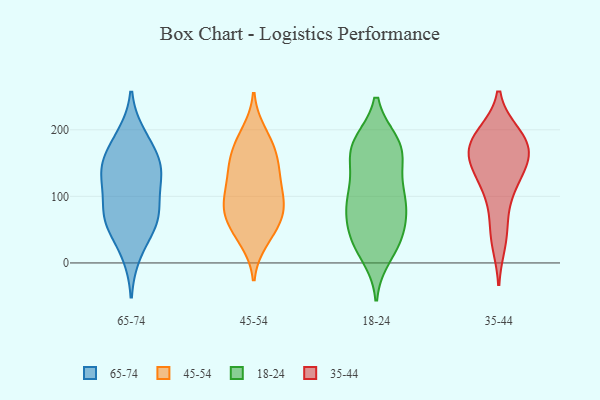
{"axis": {"x": "Production Output", "y": "Value"}, "legend": ["18-24", "35-44", "45-54", "65-74"], "data": [{"x": "", "y": 58, "type": "65-74"}, {"x": "", "y": 180, "type": "65-74"}, {"x": "", "y": 127, "type": "65-74"}, {"x": "", "y": 142, "type": "65-74"}, {"x": "", "y": 63, "type": "65-74"}, {"x": "", "y": 134, "type": "65-74"}, {"x": "", "y": 65, "type": "65-74"}, {"x": "", "y": 88, "type": "65-74"}, {"x": "", "y": 135, "type": "65-74"}, {"x": "", "y": 74, "type": "65-74"}, {"x": "", "y": 15, "type": "65-74"}, {"x": "", "y": 190, "type": "65-74"}, {"x": "", "y": 154, "type": "65-74"}, {"x": "", "y": 34, "type": "45-54"}, {"x": "", "y": 124, "type": "45-54"}, {"x": "", "y": 153, "type": "45-54"}, {"x": "", "y": 195, "type": "45-54"}, {"x": "", "y": 81, "type": "45-54"}, {"x": "", "y": 42, "type": "45-54"}, {"x": "", "y": 59, "type": "45-54"}, {"x": "", "y": 82, "type": "45-54"}, {"x": "", "y": 155, "type": "45-54"}, {"x": "", "y": 91, "type": "45-54"}, {"x": "", "y": 60, "type": "45-54"}, {"x": "", "y": 172, "type": "45-54"}, {"x": "", "y": 185, "type": "45-54"}, {"x": "", "y": 90, "type": "45-54"}, {"x": "", "y": 127, "type": "45-54"}, {"x": "", "y": 96, "type": "45-54"}, {"x": "", "y": 139, "type": "45-54"}, {"x": "", "y": 29, "type": "18-24"}, {"x": "", "y": 33, "type": "18-24"}, {"x": "", "y": 158, "type": "18-24"}, {"x": "", "y": 95, "type": "18-24"}, {"x": "", "y": 12, "type": "18-24"}, {"x": "", "y": 38, "type": "18-24"}, {"x": "", "y": 38, "type": "18-24"}, {"x": "", "y": 143, "type": "18-24"}, {"x": "", "y": 67, "type": "18-24"}, {"x": "", "y": 71, "type": "18-24"}, {"x": "", "y": 105, "type": "18-24"}, {"x": "", "y": 173, "type": "18-24"}, {"x": "", "y": 177, "type": "18-24"}, {"x": "", "y": 102, "type": "18-24"}, {"x": "", "y": 89, "type": "18-24"}, {"x": "", "y": 169, "type": "18-24"}, {"x": "", "y": 94, "type": "18-24"}, {"x": "", "y": 178, "type": "18-24"}, {"x": "", "y": 180, "type": "18-24"}, {"x": "", "y": 189, "type": "35-44"}, {"x": "", "y": 32, "type": "35-44"}, {"x": "", "y": 103, "type": "35-44"}, {"x": "", "y": 170, "type": "35-44"}, {"x": "", "y": 147, "type": "35-44"}, {"x": "", "y": 52, "type": "35-44"}, {"x": "", "y": 168, "type": "35-44"}, {"x": "", "y": 180, "type": "35-44"}, {"x": "", "y": 192, "type": "35-44"}, {"x": "", "y": 143, "type": "35-44"}, {"x": "", "y": 145, "type": "35-44"}, {"x": "", "y": 183, "type": "35-44"}, {"x": "", "y": 113, "type": "35-44"}]}